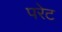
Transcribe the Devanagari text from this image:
परेट